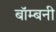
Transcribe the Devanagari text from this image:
बॉम्बनी